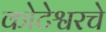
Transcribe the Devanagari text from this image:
कोटेश्वरचे